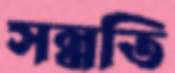
সন্নতি